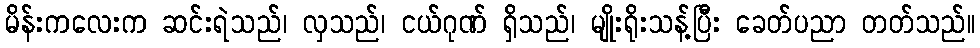
မိန်းကလေးက ဆင်းရဲသည်၊ လှသည်၊ ငယ်ဂုဏ် ရှိသည်၊ မျိုးရိုးသန့်ပြီး ခေတ်ပညာ တတ်သည်။